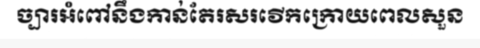
ច្បារអំពៅនឹងកាន់តែរសរវើកក្រោយពេលសួន